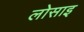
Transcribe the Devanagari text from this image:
लोसाइ